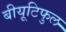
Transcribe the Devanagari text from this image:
बीयूटिफुल